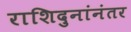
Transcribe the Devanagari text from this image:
राशिदुनांनंतर